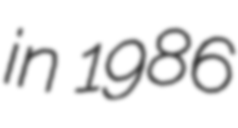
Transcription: in 1986